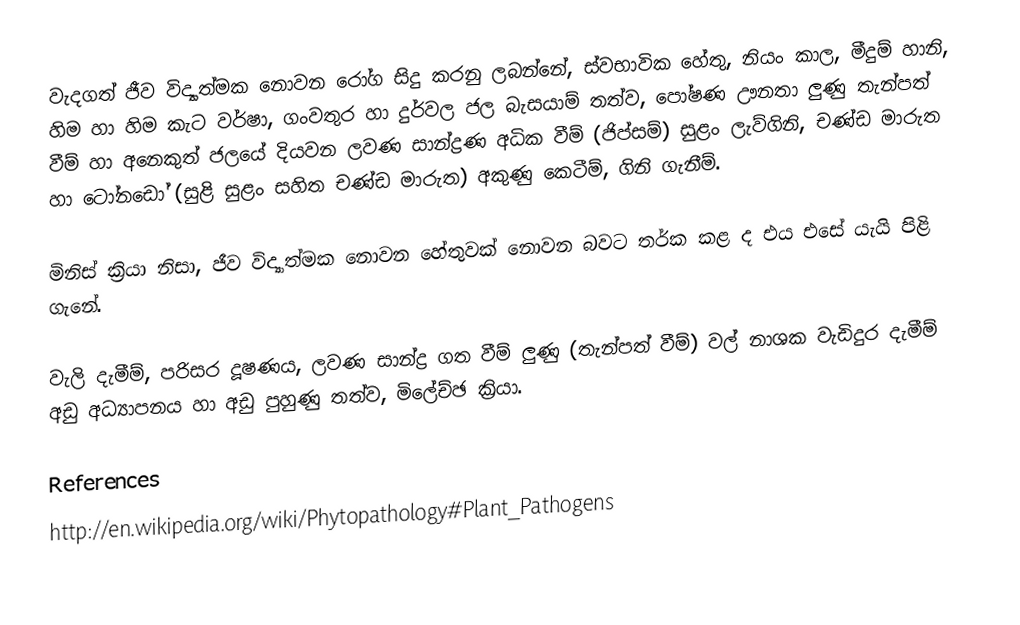
වැදගත් ජීව විද්‍යාත්මක නොවන රෝග සිදු කරනු ලබන්නේ, ස්වභාවික හේතු, නියං කාල, මීදුම් හානි, හිම හා හිම කැට වර්ෂා, ගංවතුර හා දුර්වල ජල බැසයාම් තත්ව, පෝෂණ ඌනතා ලුණු තැන්පත් වීම් හා අනෙකුත් ජලයේ දියවන ලවණ සාන්ද්‍රණ අධික වීම් (ජිප්සම්) සුළං ලැව්ගිනි, චණ්ඩ මාරුත හා ටෝනඩෝ (සුළි සුළං සහිත චණ්ඩ මාරුත) අකුණු කෙටීම්, ගිනි ගැනීම්.

මිනිස් ක්‍රියා නිසා, ජීව විද්‍යාත්මක නොවන හේතුවක් නොවන බවට තර්ක කළ ද එය එසේ යැයි පිළි ගැනේ.

වැලි දැමීම්, පරිසර දූෂණය, ලවණ සාන්ද්‍ර ගත වීම් ලුණු (තැන්පත් වීම්) වල් නාශක වැඩිදුර දැමීම් අඩු අධ්‍යාපනය හා අඩු පුහුණු තත්ව, මිලේච්ඡ ක්‍රියා.

References
http://en.wikipedia.org/wiki/Phytopathology#Plant_Pathogens